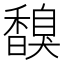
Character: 𩡗